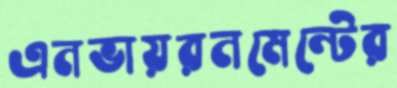
এনভায়রনমেন্টের